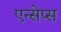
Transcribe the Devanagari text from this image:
एन्सेप्स